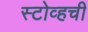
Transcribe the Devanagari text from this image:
स्टोव्हची